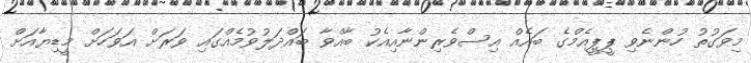
މިވަގުތު ހުންނެވި ޕީޕީއެމްގެ ބައެއް އިސްވެރިންނާއިއެކު ބާއްވާ ބައްދަލުވުމެއްގައި ވަރަށް އަވަހަށް މީޑިޔާއަށް